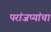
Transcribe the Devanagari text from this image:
परांजप्यांचा